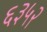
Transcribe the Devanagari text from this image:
६३५२